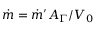
\dot { m } = \dot { m } ^ { \prime } A _ { \Gamma } / V _ { 0 }